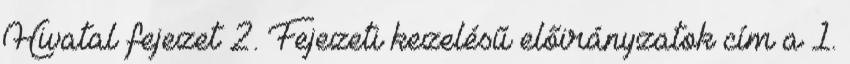
Hivatal fejezet 2. Fejezeti kezelésű előirányzatok cím a 1.